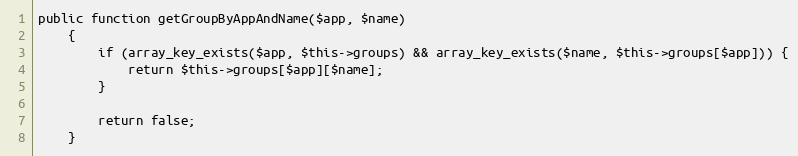
Language: PHP
public function getGroupByAppAndName($app, $name)
    {
        if (array_key_exists($app, $this->groups) && array_key_exists($name, $this->groups[$app])) {
            return $this->groups[$app][$name];
        }

        return false;
    }